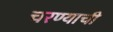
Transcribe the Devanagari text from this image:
चरण्याची